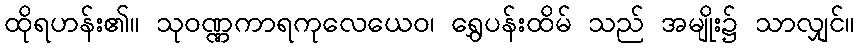
ထိုရဟန်း၏။ သုဝဏ္ဏကာရကုလေယေဝ၊ ရွှေပန်းထိမ် သည် အမျိုး၌ သာလျှင်။